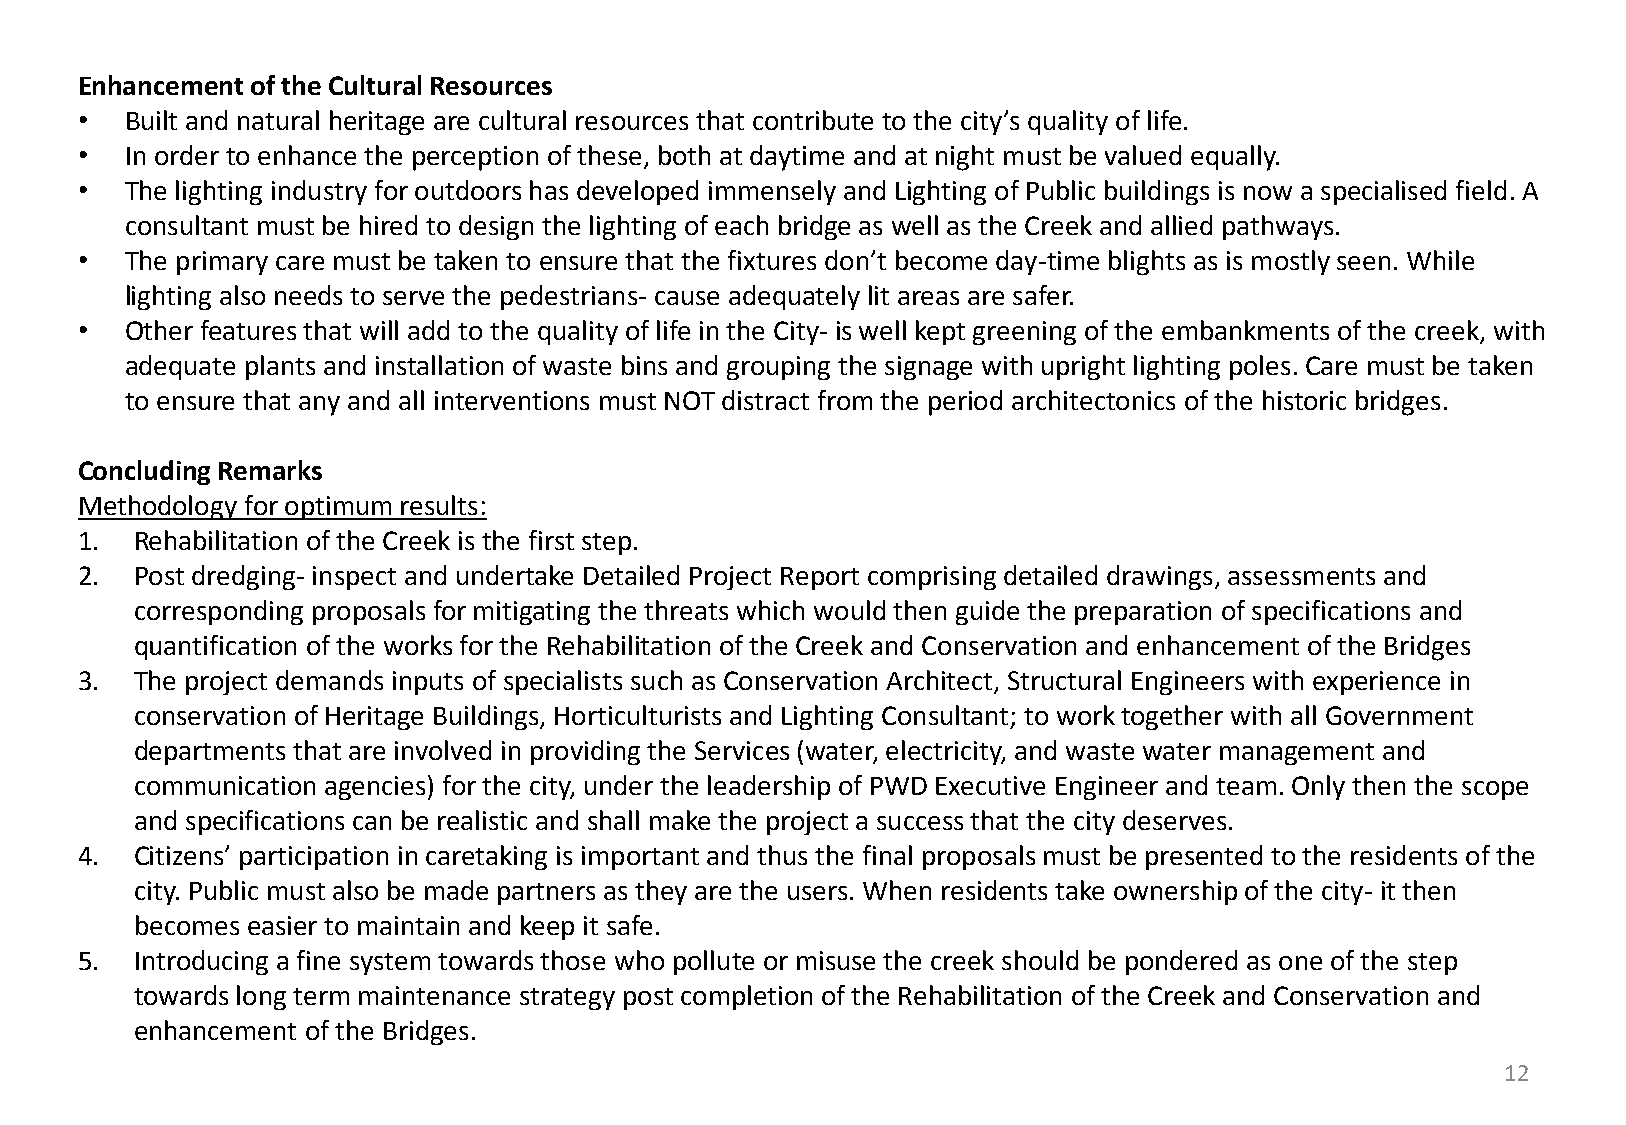
Enhancement of the Cultural Resources
 •  Built and natural heritage are cultural resources that contribute to the city’s quality of life.
 •  In order to enhance the perception of these, both at daytime and at night must be valued equally.
 •  The lighting industry for outdoors has developed immensely and Lighting of Public buildings is now a specialised field. A
 consultant must be hired to design the lighting of each bridge as well as the Creek and allied pathways.
 •  The primary care must be taken to ensure that the fixtures don’t become day-time blights as is mostly seen. While
 lighting also needs to serve the pedestrians- cause adequately lit areas are safer.
 •  Other features that will add to the quality of life in the City- is well kept greening of the embankments of the creek, with
 adequate plants and installation of waste bins and grouping the signage with upright lighting poles. Care must be taken
 to ensure that any and all interventions must NOT distract from the period architectonics of the historic bridges.
 Concluding Remarks
 Methodology for optimum results:
 1.  Rehabilitation of the Creek is the first step.
 2.  Post dredging- inspect and undertake Detailed Project Report comprising detailed drawings, assessments and
 corresponding proposals for mitigating the threats which would then guide the preparation of specifications and
 quantification of the works for the Rehabilitation of the Creek and Conservation and enhancement of the Bridges
 3.  The project demands inputs of specialists such as Conservation Architect, Structural Engineers with experience in
 conservation of Heritage Buildings, Horticulturists and Lighting Consultant; to work together with all Government
 departments that are involved in providing the Services (water, electricity, and waste water management and
 communication agencies) for the city, under the leadership of PWD Executive Engineer and team. Only then the scope
 and specifications can be realistic and shall make the project a success that the city deserves.
 4.  Citizens’ participation in caretaking is important and thus the final proposals must be presented to the residents of the
 city. Public must also be made partners as they are the users. When residents take ownership of the city- it then
 becomes easier to maintain and keep it safe.
 5.  Introducing a fine system towards those who pollute or misuse the creek should be pondered as one of the step
 towards long term maintenance strategy post completion of the Rehabilitation of the Creek and Conservation and
 enhancement of the Bridges.
 12